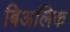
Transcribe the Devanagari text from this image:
बिअलिक